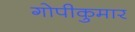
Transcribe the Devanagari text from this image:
गोपीकुमार